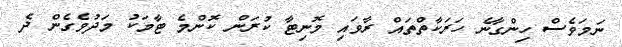
ނަމަވެސް ހިންގާނެ ހަރަކާތްތައް ރާވައި މޮނިޓާ ކުރަން ކޮންމެ ޓާމަކު މަދުވެގެން ދެ